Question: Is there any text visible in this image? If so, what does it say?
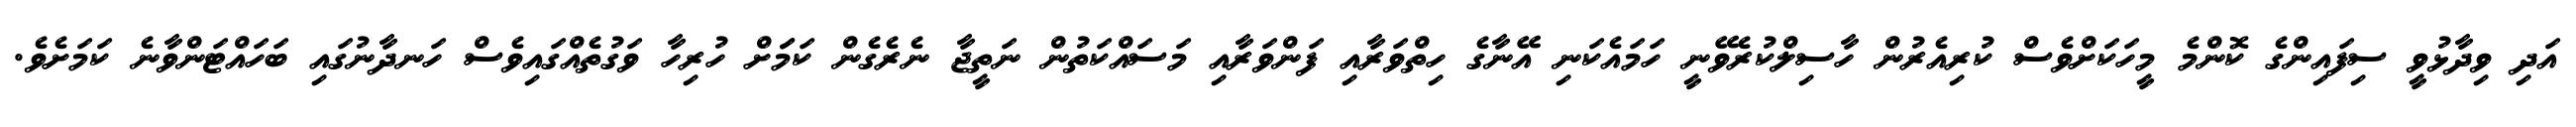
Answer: އަދި ވިދާޅުވީ ސިފައިންގެ ކޮންމެ މީހަކަށްވެސް ކުރިއެރުން ހާސިލްކުރެވޭނީ ހަމައެކަނި އޭނާގެ ހިތްވަރާއި ފަންވަރާއި މަސައްކަތުން ނަތީޖާ ނެރެގެން ކަމަަށް ހުރިހާ ވަގުތެއްގައިވެސް ހަނދާނުގައި ބަހައްޓަންވާނެ ކަމަށެވެ.